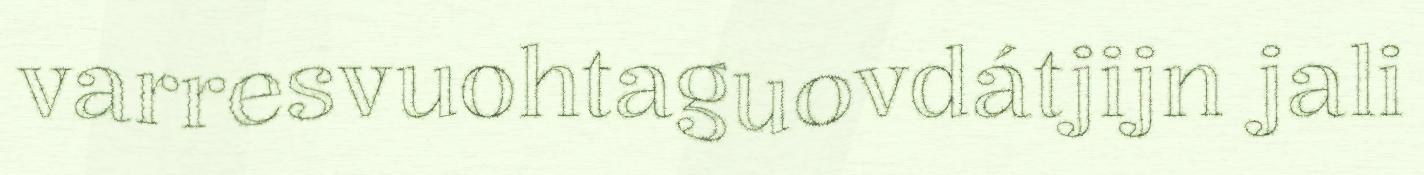
varresvuohtaguovdátjijn jali